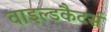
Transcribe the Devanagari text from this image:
वाइल्डकैटर्स